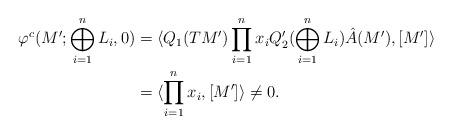
LaTeX: \begin{align*} \varphi^c(M';\bigoplus_{i=1}^n L_i,0)&=\langle Q_1(TM')\prod_{i=1}^n x_i Q_2'(\bigoplus_{i=1}^nL_i) \hat{A}(M'),[M']\rangle\\&= \langle \prod_{i=1}^n x_i,[M']\rangle\neq 0.\end{align*}